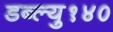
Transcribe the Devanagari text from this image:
डब्ल्यु१४०